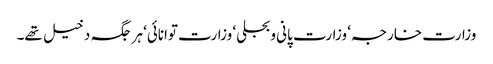
وزارت خارجہ‘ وزارت پانی وبجلی‘ وزارت توانائی‘ ہر جگہ دخیل تھے۔